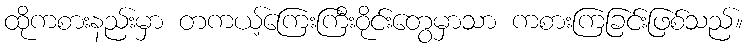
ထိုကစားနည်းမှာ တကယ့်ကြေးကြီးဝိုင်းတွေမှာသာ ကစားကြခြင်းဖြစ်သည်။